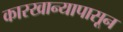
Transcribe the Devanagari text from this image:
कारखान्यापासून